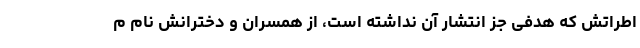
اطراتش که هدفی جز انتشار آن نداشته است، از همسران و دخترانش نام م